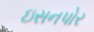
ઇસનપોર